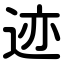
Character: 迹